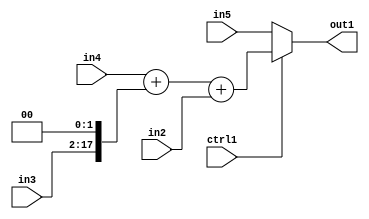
`timescale 1ps / 1ps
/*****************************************************************************
    Verilog RTL Description
    
    
    Created by: Stratus DpOpt 2019.1.01 
*******************************************************************************/

module bn_addr_gen_MuxAdd3u16Cati0u16u32u32u1_1 (
	in5,
	in4,
	in3,
	in2,
	ctrl1,
	out1
	); /* architecture "behavioural" */ 
input [31:0] in5,
	in4;
input [15:0] in3,
	in2;
input  ctrl1;
output [31:0] out1;
wire [31:0] asc001,
	asc002;
wire [17:0] asc003;

assign asc003 = {in3,2'B00};

wire [31:0] asc002_tmp_0;
assign asc002_tmp_0 = 
	+(in4)
	+(asc003);
assign asc002 = asc002_tmp_0
	+(in2);

reg [31:0] asc001_tmp_1;
assign asc001 = asc001_tmp_1;
always @ (ctrl1 or asc002 or in5) begin
	case (ctrl1)
		1'B1 : asc001_tmp_1 = asc002 ;
		default : asc001_tmp_1 = in5 ;
	endcase
end

assign out1 = asc001;
endmodule

/* CADENCE  vrf3QwE= : u9/ySgnWtBlWxVPRXgAZ4Og= ** DO NOT EDIT THIS LINE ******/